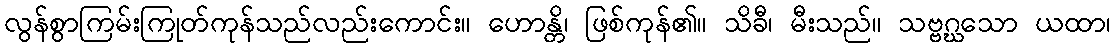
လွန်စွာကြမ်းကြုတ်ကုန်သည်လည်းကောင်း။ ဟောန္တိ၊ ဖြစ်ကုန်၏။ သိခီ၊ မီးသည်။ သဗ္ဗဂ္ဃသော ယထာ၊